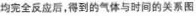
均完全反应后，得到的气体与时间的关系图